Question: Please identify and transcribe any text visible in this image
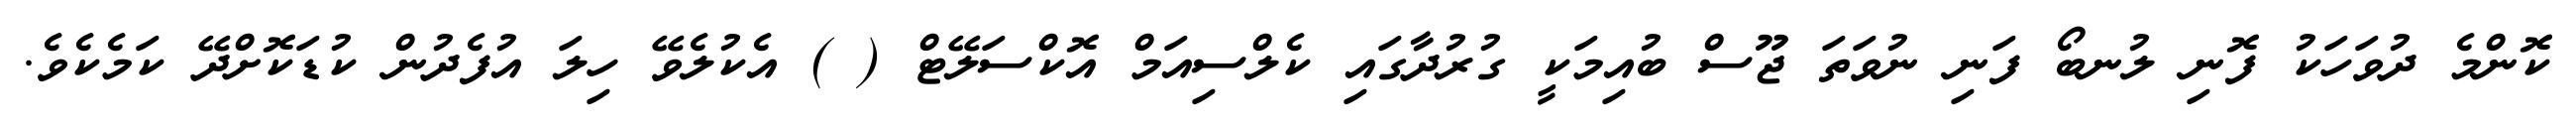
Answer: ކޮންމެ ދުވަހަކު ފޮނި ލުނބޯ ފަނި ނުވަތަ ޖޫސް ބުއިމަކީ ގުރުދާގައި ކެލްސިއަމް އޮކްސަލޭޓް ( ) އެކުލެވޭ ހިލަ އުފެދުން ކުޑަކޮށްދޭ ކަމެކެވެ.